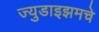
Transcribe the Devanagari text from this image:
ज्युडाइझमचे